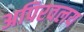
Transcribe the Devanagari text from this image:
अपिरवलय